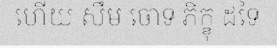
ហើយ សឹម ចោទ ភិក្ខុ ដទៃ